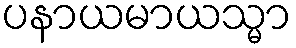
ပနာယမာယသ္မာ